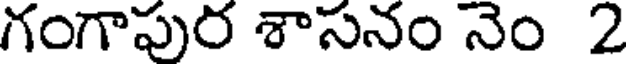
గంగాపుర శాసనం నెం 2